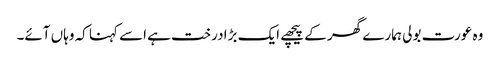
وہ عورت بولی ہمارے گھر کے پیچھے ایک بڑا درخت ہے اسے کہنا کہ وہاں آئے۔